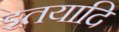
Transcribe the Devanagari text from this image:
इतयादि